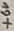
Text: +6V